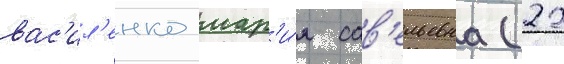
вас'ил'енко мар'и́я сав'ельевна (22